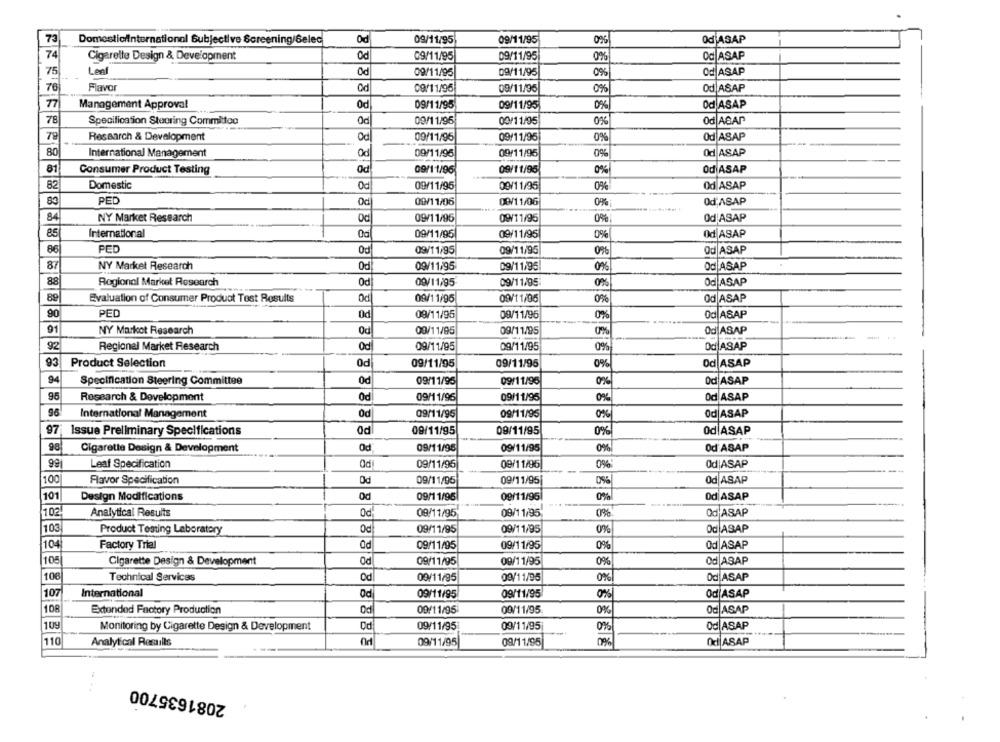
73
Domesticiinternational Subjective Screening/Selec
Od
09/11/95
09/11/95
0%
Od ASAP
74
Cigarette Design & Development
Od
09/11/95
09/11/95
0%
Od ASAP
75
Leaf
Od
09/11/95
09/11/95
0%
Od ASAP
76
Flavor
Od
09/11/96
09/11/95
0%
Od ASAP
77
Management Approval
Od
09/11/95
09/11/95
0%
Od ASAP
78
Specification Steering Committee
Od
09/11/95
00/11/95
0%
Od ABAP
TE
Research & Development
Od
09/11/95
09/11/95
0%
Od ASAP
80
International Management
Od
09/11/95
09/11/96
Od ASAP
81
Consumer Product Testing
Od
09/11/96
09/11/95
0%
Od ASAP
82
Domestic
Od
09/11/95
09/11/95
Od ASAP
0%
83
PED
00/11/06
00/11/06
Od,ASAP
Od
0%
84
NY Market Research
09/11/95
09/11/95
0%
Od ASAP
85
International
09/11/95
09/11/95
09
Od ASAP
86
PED
09/11/95
09/11/95
Od ASAP
87
NY Market Research
Od
09/11/95
09/11/95
0%
Od ASAP
88
Regional Market Research
0d
09/11/95
09/11/05:
0%
Od ASAP
89
Evaluation of Consumer Product Test Results
Od
09/11/95
09/11/95
0%
Od ASAP
90
PED
Od
09/11/95
09/11/96
0%
Od ASAP
91
NY Market Research
00/11/95
09/11/95
0%
Od ASAP
92
Regional Market Research
Od
09/11/95
09/11/95
0%
Od ASAP
93
Product Selection
0d
09/11/95
09/11/95
0%
Od ASAP
94
Oc
Specification Steering Committee
09/11/95
09/11/95
0%
Od ASAP
95
Research & Development
0d
09/11/96
09/11/95
0%
Od ASAP
International Management
Od
09/11/95
09/11/95
0%
Od ASAP
97
Issue Preliminary Specifications
Od
09/11/95
09/11/95
Od ASAP
PO
0%
98
Cigarette Design & Development
09/11/95
09/11/95
0%
Od ASAP
Leaf Specification
Od
09/11/95
09/11/96
0%
Od|ASAP
PO
100
Flavor Specification
-
09/11/95
09/11/95
Od ASAP
101
Design Modifications
09/1 1/95
09/11/95
0%
Od ASAP
102
Analytical Results
09/11/95.
0%
Od ASAP
09/11/95
103
Product Testing Laboratory
09/11/95
09/11/95
0%
Od ASAP
104
Factory Trial
Od
09/11/95
09/11/95
0%
Od ASAP
105
Cigarette Design & Development
Od
09/11/95
09/11/95
0%
Od ASAP
106
Technical Services
Od
09/11/95
09/11/95
0%
Od ASAP
107
International
Od
09/11/95
09/11/95
0%
Od ASAP
108
09/11/95
Extended Factory Production
Od
09/11/95
Od ASAP
109
Monitoring by Cigarette Design & Development
Od
09/11/95
09/11/95
0%
Od ASAP
110
Analytical Results
09/11/95
09/11/95
0%
Od ASAP
2081635700